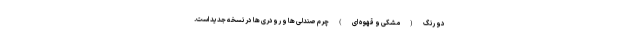
دو رنگ ( مشکی و قهوه ای ) چرم صندلی ها و رودری ها در نسخه جدید است.